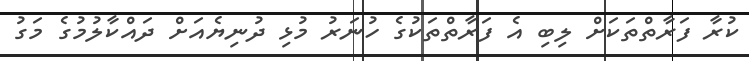
ކުރާ ފަރާތްތަކަށް ލިބި އެ ފަރާތްތަކުގެ ހުނަރު މުޅި ދުނިޔެއަށް ދައްކާލުމުގެ މަގު